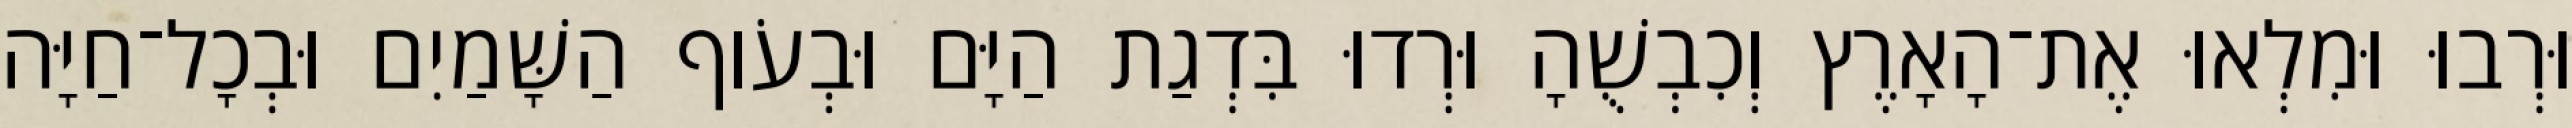
וּרְבוּ וּמִלְאוּ אֶת־הָאָרֶץ וְכִבְשֻׁהָ וּרְדוּ בִּדְגַת הַיָּם וּבְעֹוף הַשָּׁמַיִם וּבְכָל־חַיָּה